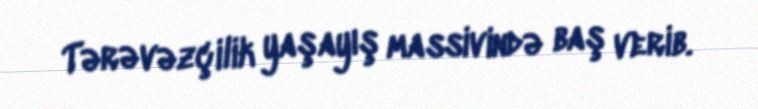
Tərəvəzçilik yaşayış massivində baş verib.